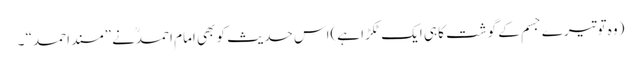
(وہ توتیرے جسم کے گوشت کا ہی ایک ٹکڑا ہے)اس حدیث کو بھی امام احمدنے ”مسند احمد“ ۔